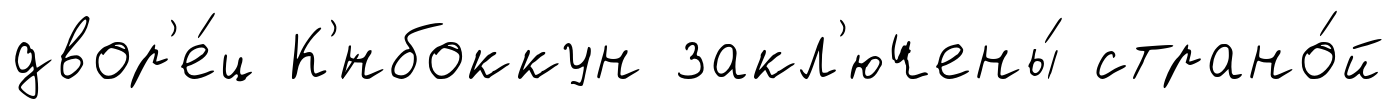
двор'е́ц К'́нбоккун закл'ючены́ страно́й